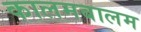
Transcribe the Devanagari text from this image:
कालमबालम